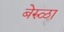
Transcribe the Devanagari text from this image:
बेरुळा